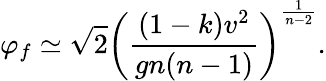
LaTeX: \varphi_{f}\simeq\sqrt{2}\left(\frac{(1-k)v^{2}}{gn(n-1)}\right)^{\frac{1}{n-2}}.